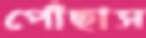
পোঁছাস